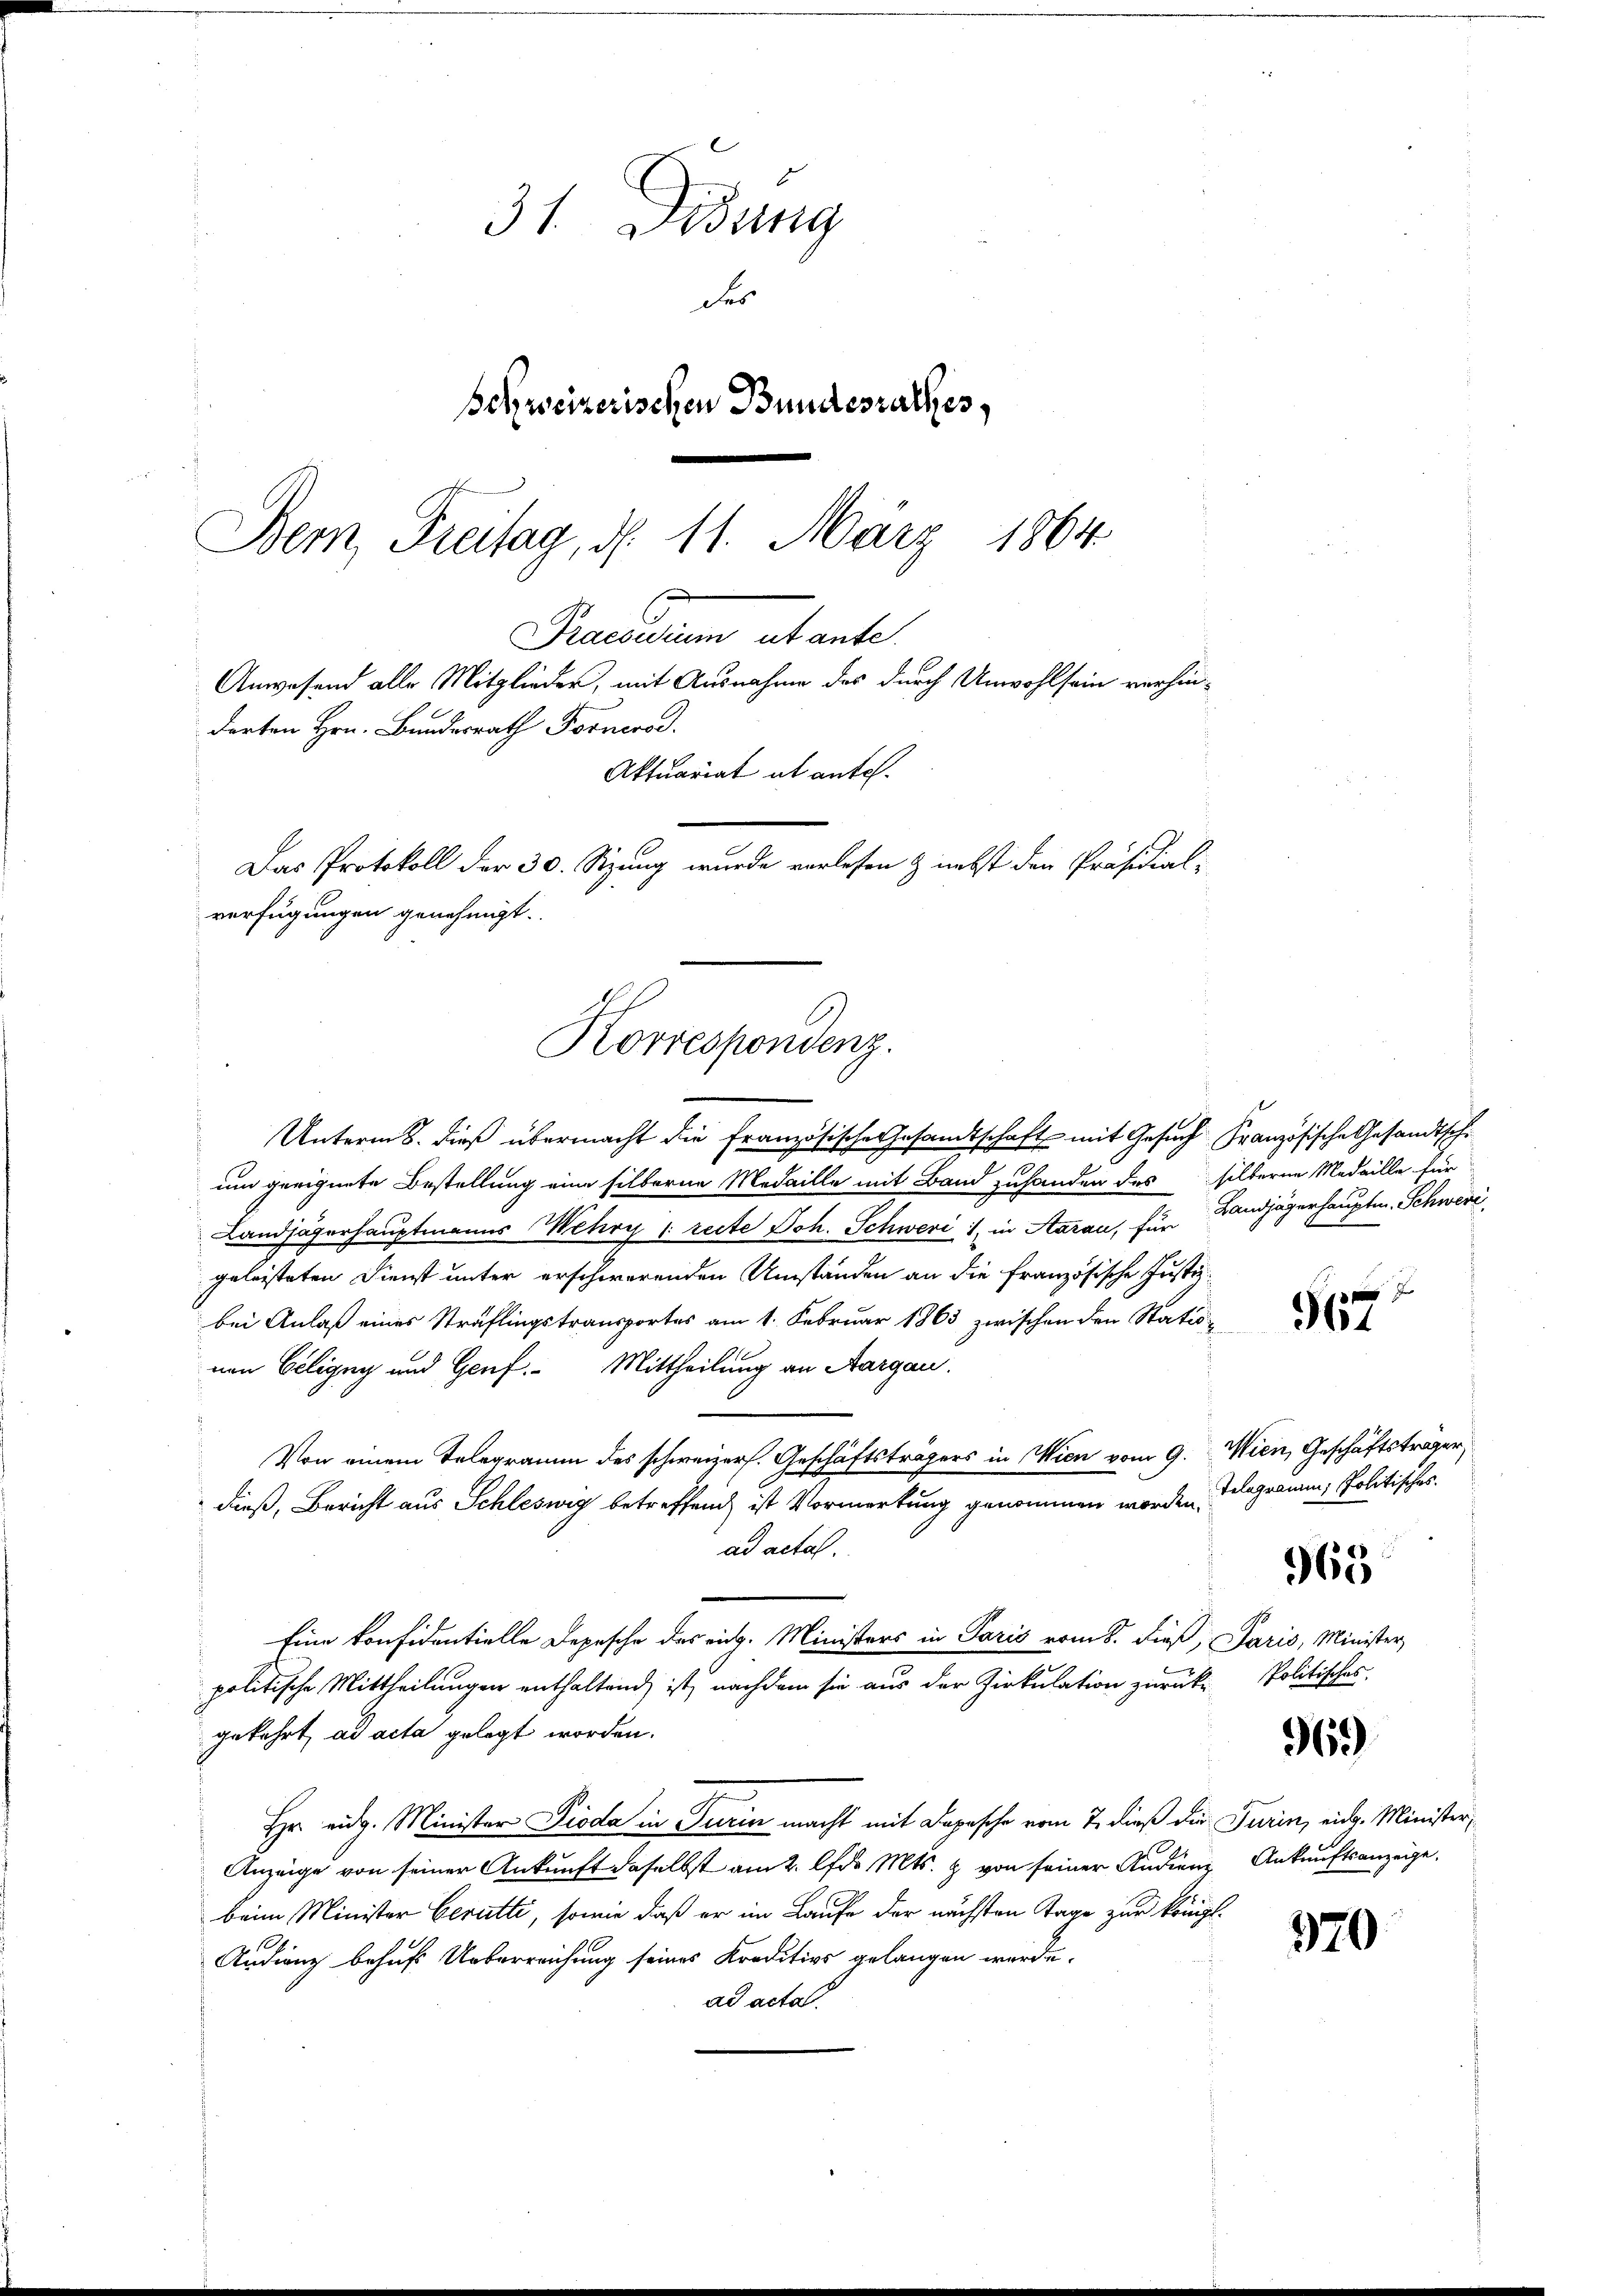
31. Diedung
der
schweizerischen Bundesrathes,
Bem Freitag, d. 11. März 1864

darten Hrn. Bundesrath Fornere.
Aktuariat ab antel.
Das Protokoll der 30. Sitzung wurde vorlesen & nebst den Präsidial-
verfügungen genehmigt.
Korrespondenz.

Praesiduum ab ante
Anwesend alle Mitglieder, mit Ausnahme des durch Unwohlsein verhin¬

Unterm 8. dieß übermacht die Französische Gesandtschaft mit Gesuch Französische Gesandtschi
um geeignete Bestellung eine silberne Medaille mit Band zuhanden des silberne Medaille für
Landjägerhauptmanns Mehry (recte Joh. Schweri, in Aarau, für
geleisteten Dienst unter erschwerenden Umständen an die französische Justizbei Anlaß eines Sträflingstransportes am 1. Februar 1863 zwischen den Statunen Geligny und Genf. Mittheilung an Aargau.
Von einem Telegramm des schweizers. Geschäftsträgers in Wien vom 9.
dieß, Bericht aus Schleswig betreffend ist Vormerkung genommen worden,
ad acta.
Eine konfidentielle Depesche das rich. Ministers in Paris vom 8. dieß,
politische Mittheilungen enthaltend, ist, nachdem sie aus der Zirkulation zurück
gekehrt, ad acta gelegt worden.
Hr. eidg. Minister Pioda in Turin macht mit Depesche vom 7. dieß die
Anzeige von seiner Ankunft daselbst am 2. lfd. Mts. & von seiner Audien
beim Minister Gerutti, sowie daß er im Laufe der nächsten Tage zur königl.
Audienz behufs Ueberreichung seines Kreditivs gelangen werde.
ad acta

Landjägerhauptm. Schwere

f
1

Wien, Geschäftsträger,
Telegramm, Politisches.

965

Paris, Minister
Politisches.

96.

Turin, eidg. Minister,
Ankunftsanzeige.

370